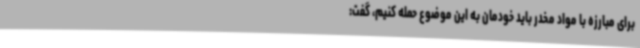
برای مبارزه با مواد مخدر باید خودمان به این موضوع حمله کنیم، گفت: